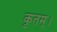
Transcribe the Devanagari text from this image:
कृतम्।